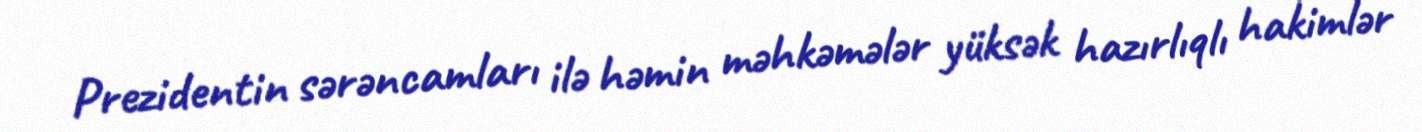
Prezidentin sərəncamları ilə həmin məhkəmələr yüksək hazırlıqlı hakimlər